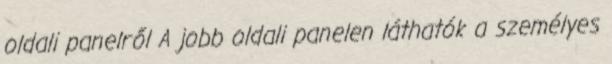
oldali panelről A jobb oldali panelen láthatók a személyes